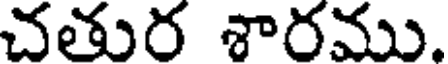
చతుర శారము.